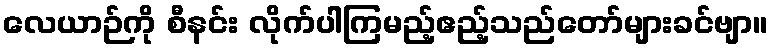
လေယာဉ်ကို စီနင်း လိုက်ပါကြမည့်ဧည့်သည်တော်များခင်ဗျာ။